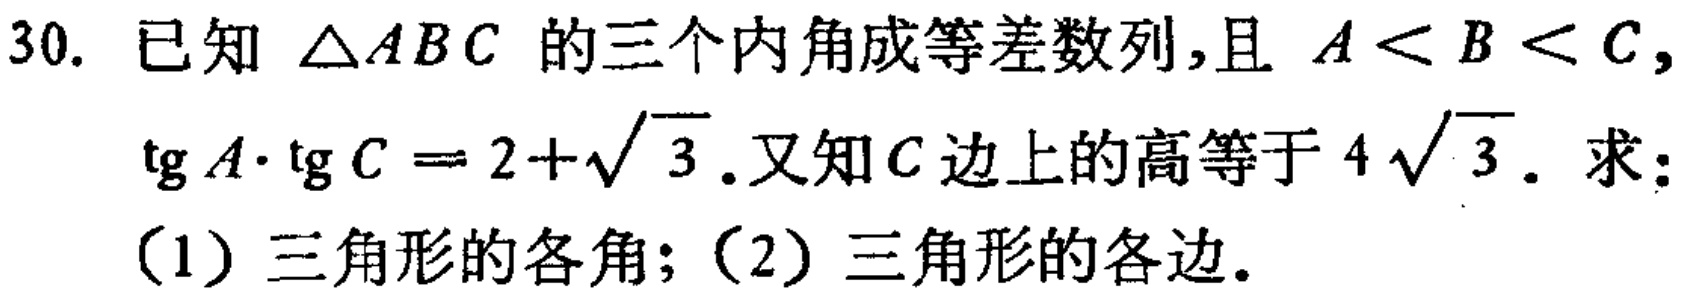
30. 已知 $\triangle ABC$ 的三个内角成等差数列，且 $A < B < C$，$\tg A\cdot\tg C = 2+\sqrt{3}$. 又知 $C$ 边上的高等于 $4\sqrt{3}$. 求：
(1) 三角形的各角；(2) 三角形的各边.